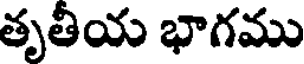
తృతీయ భాగము